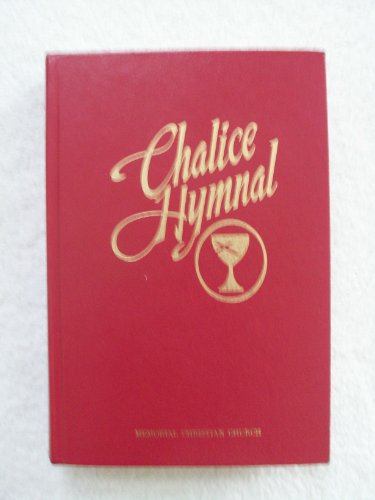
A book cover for Chalice Hymnal; Editor-Daniel B. Merrick; Christian Books & Bibles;